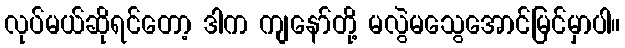
လုပ်မယ်ဆိုရင်တော့ ဒါက ကျနော်တို့ မလွဲမသွေအောင်မြင်မှာပါ။